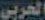
الحربي